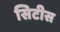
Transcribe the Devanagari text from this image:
सिटीस